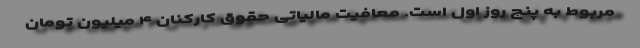
مربوط به پنج روز اول است. معافیت مالیاتی حقوق کارکنان ۴ میلیون تومان